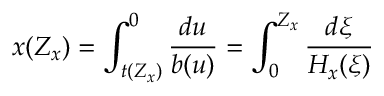
x ( Z _ { x } ) = \int _ { t ( Z _ { x } ) } ^ { 0 } \frac { d u } { b ( u ) } = \int _ { 0 } ^ { Z _ { x } } \frac { d \xi } { H _ { x } ( \xi ) }